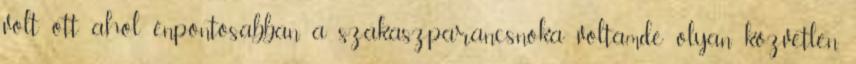
volt ott ahol én,pontosabban a szakaszparancsnoka voltam,de olyan közvetlen